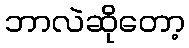
ဘာလဲဆိုတော့